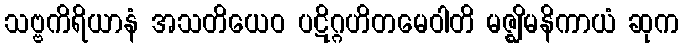
သဗ္ဗကိရိယာနံ အသတိယေဝ ပဋိဂ္ဂဟိတမေဝါတိ မဇ္ဈိမနိကာယံ ဆုက